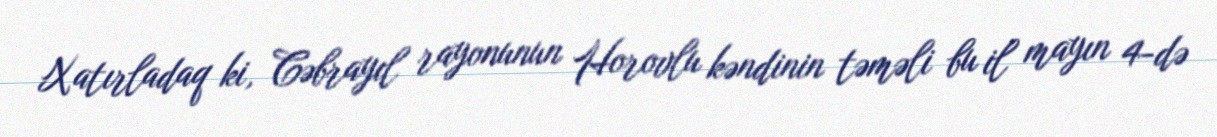
Xatırladaq ki, Cəbrayıl rayonunun Horovlu kəndinin təməli bu il mayın 4-də